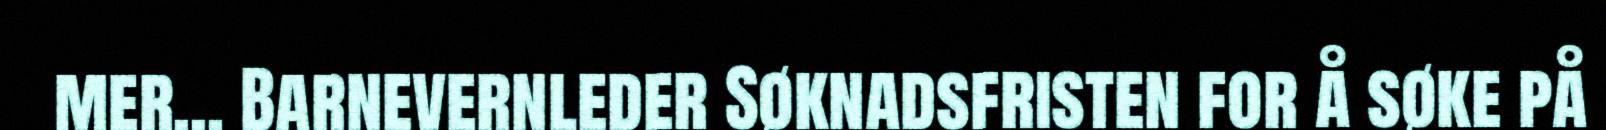
mer... Barnevernleder Søknadsfristen for å søke på